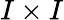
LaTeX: I\times I